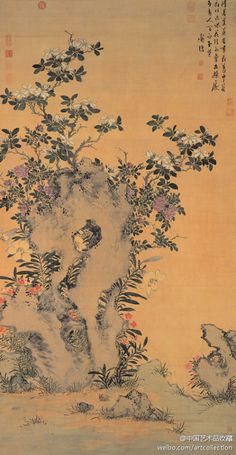
人语西风，瘦马嘶残月。